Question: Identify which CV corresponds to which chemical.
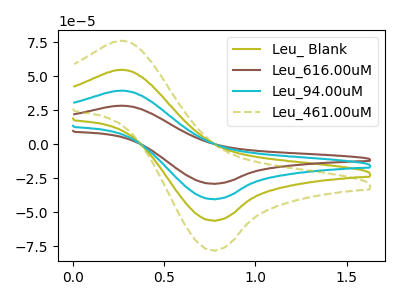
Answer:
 <answer>The olive curve is labeled "Leu_ Blank". The brown curve is labeled "Leu_616.00uM". The cyan curve is labeled "Leu_94.00uM". The olive dashed curve is labeled "Leu_461.00uM".</answer>
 <eval></eval>